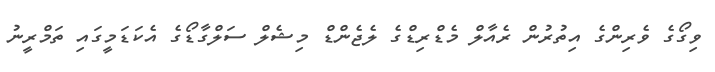
ވިގޯގެ ވެރިންގެ އިތުރުން ރެއާލް މެޑްރިޑްގެ ލެޖެންޑް މިޝެލް ސަލްގާޑޯގެ އެކަޑަމީގައި ތަމްރީނު